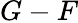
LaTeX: G-F